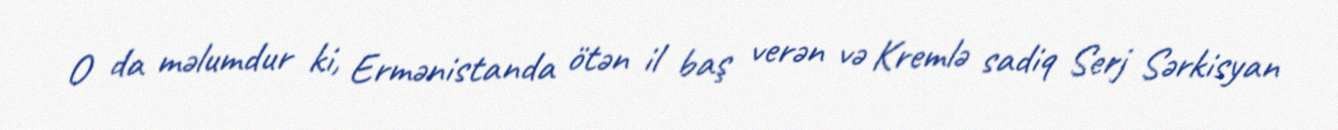
O da məlumdur ki, Ermənistanda ötən il baş verən və Kremlə sadiq Serj Sərkisyan